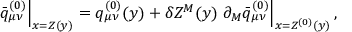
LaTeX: \left. \bar { q } _ { \mu \nu } ^ { ( 0 ) } \right| _ { x = Z ( y ) } = q _ { \mu \nu } ^ { ( 0 ) } ( y ) + \delta Z ^ { M } ( y ) \left. \partial _ { M } \bar { q } _ { \mu \nu } ^ { ( 0 ) } \right| _ { x = Z ^ { ( 0 ) } ( y ) } ,